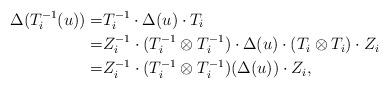
LaTeX: \begin{align*}\Delta(T_i^{-1}(u))=&T_i^{-1}\cdot\Delta(u)\cdot T_i\\=&Z_i^{-1}\cdot(T_i^{-1}\otimes T_i^{-1})\cdot\Delta(u)\cdot(T_i\otimes T_i)\cdot Z_i\\=&Z_i^{-1}\cdot(T_i^{-1}\otimes T_i^{-1})(\Delta(u))\cdot Z_i,\end{align*}